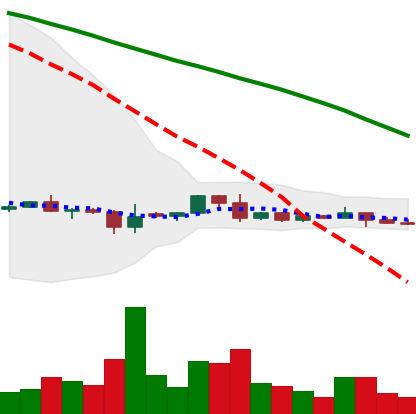
Ticker: DOGE-USD
Chart end date: 2022-06-09
Forward return: -29.928%
Label: down_7plus